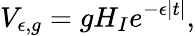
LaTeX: V_{\epsilon,g}=gH_{I}e^{-\epsilon|t|},